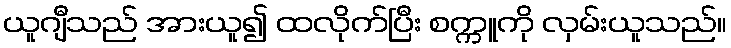
ယူဂျီသည် အားယူ၍ ထလိုက်ပြီး စက္ကူကို လှမ်းယူသည်။